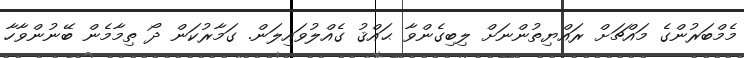
މެމްބަރުންގެ މައްޗަށް ރައްޔިތުންނަށް ލިބިގެންވާ ޙައްޤު ގެއްލުވައިލަން. ގަމާރުކަން ދޯ ތިމާމެން ބޭނުންވާހާ